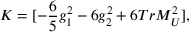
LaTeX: K = [ - \frac { 6 } { 5 } g _ { 1 } ^ { 2 } - 6 g _ { 2 } ^ { 2 } + 6 T r M _ { U } ^ { 2 } ] ,